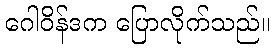
ဂေါဝိန်ဒက ပြောလိုက်သည်။